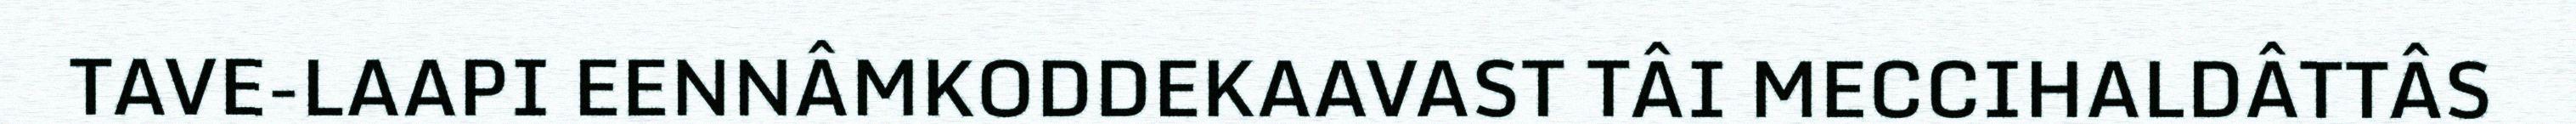
TAVE-LAAPI EENNÂMKODDEKAAVAST TÂI MECCIHALDÂTTÂS